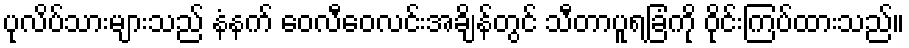
ပုလိပ်သားများသည် နံနက် ဝေလီဝေလင်းအချိန်တွင် သီတာပူရခြံကို ဝိုင်းကြပ်ထားသည်။